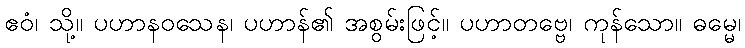
ဧဝံ၊ သို့။ ပဟာနဝသေန၊ ပဟာန်၏ အစွမ်းဖြင့်။ ပဟာတဗ္ဗေ၊ ကုန်သော။ ဓမ္မေ၊